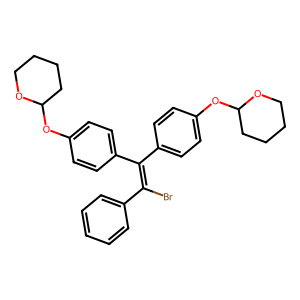
SMILES: BrC(=C(c1ccc(OC2CCCCO2)cc1)c1ccc(OC2CCCCO2)cc1)c1ccccc1
Inhibits HIV replication: Yes